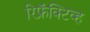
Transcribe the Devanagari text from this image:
रिफ्रॅक्‍टिव्ह